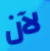
لآن